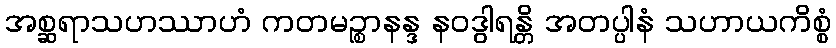
အစ္ဆရာသဟဿာဟံ ကတမဉ္စာနန္ဒ နဝဒွါရန္တိ အတပ္ပါနံ သဟာယကိစ္စံ